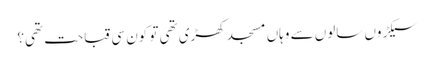
سیکڑوں سالوں سے وہاں مسجد کھڑی تھی تو کون سی قباحت تھی؟